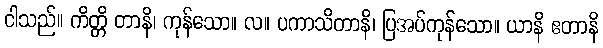
ငါသည်။ ကိတ္တိ တာနိ၊ ကုန်သော။ လ။ ပကာသိတာနိ၊ ပြအပ်ကုန်သော။ ယာနိ ဧတာနိ